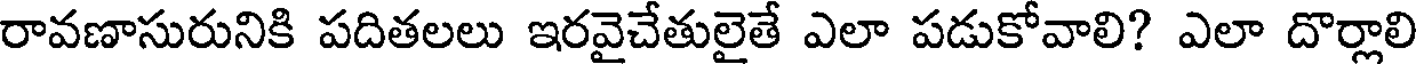
రావణాసురునికి పదితలలు ఇరవైచేతులైతే ఎలా పడుకోవాలి? ఎలా దొర్లాలి